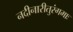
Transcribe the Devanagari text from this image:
नदीनारीतुरंगमाः